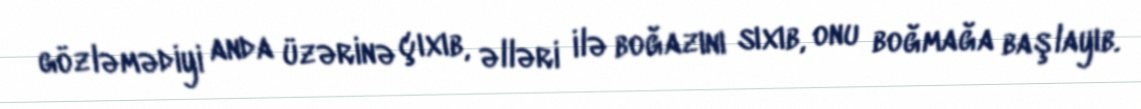
gözləmədiyi anda üzərinə çıxıb, əlləri ilə boğazını sıxıb, onu boğmağa başlayıb.